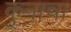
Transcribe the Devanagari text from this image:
कुनाचा